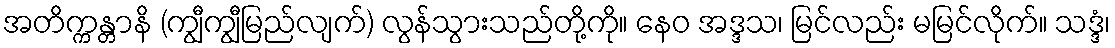
အတိက္ကန္တာနိ (ကျွီကျွီမြည်လျက်) လွန်သွားသည်တို့ကို။ နေဝ အဒ္ဒသ၊ မြင်လည်း မမြင်လိုက်။ သဒ္ဒံ၊